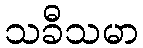
သခီသမာ